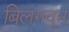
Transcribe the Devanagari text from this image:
बिलगवून